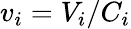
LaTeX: v_{i}={V_{i}}/{C_{i}}